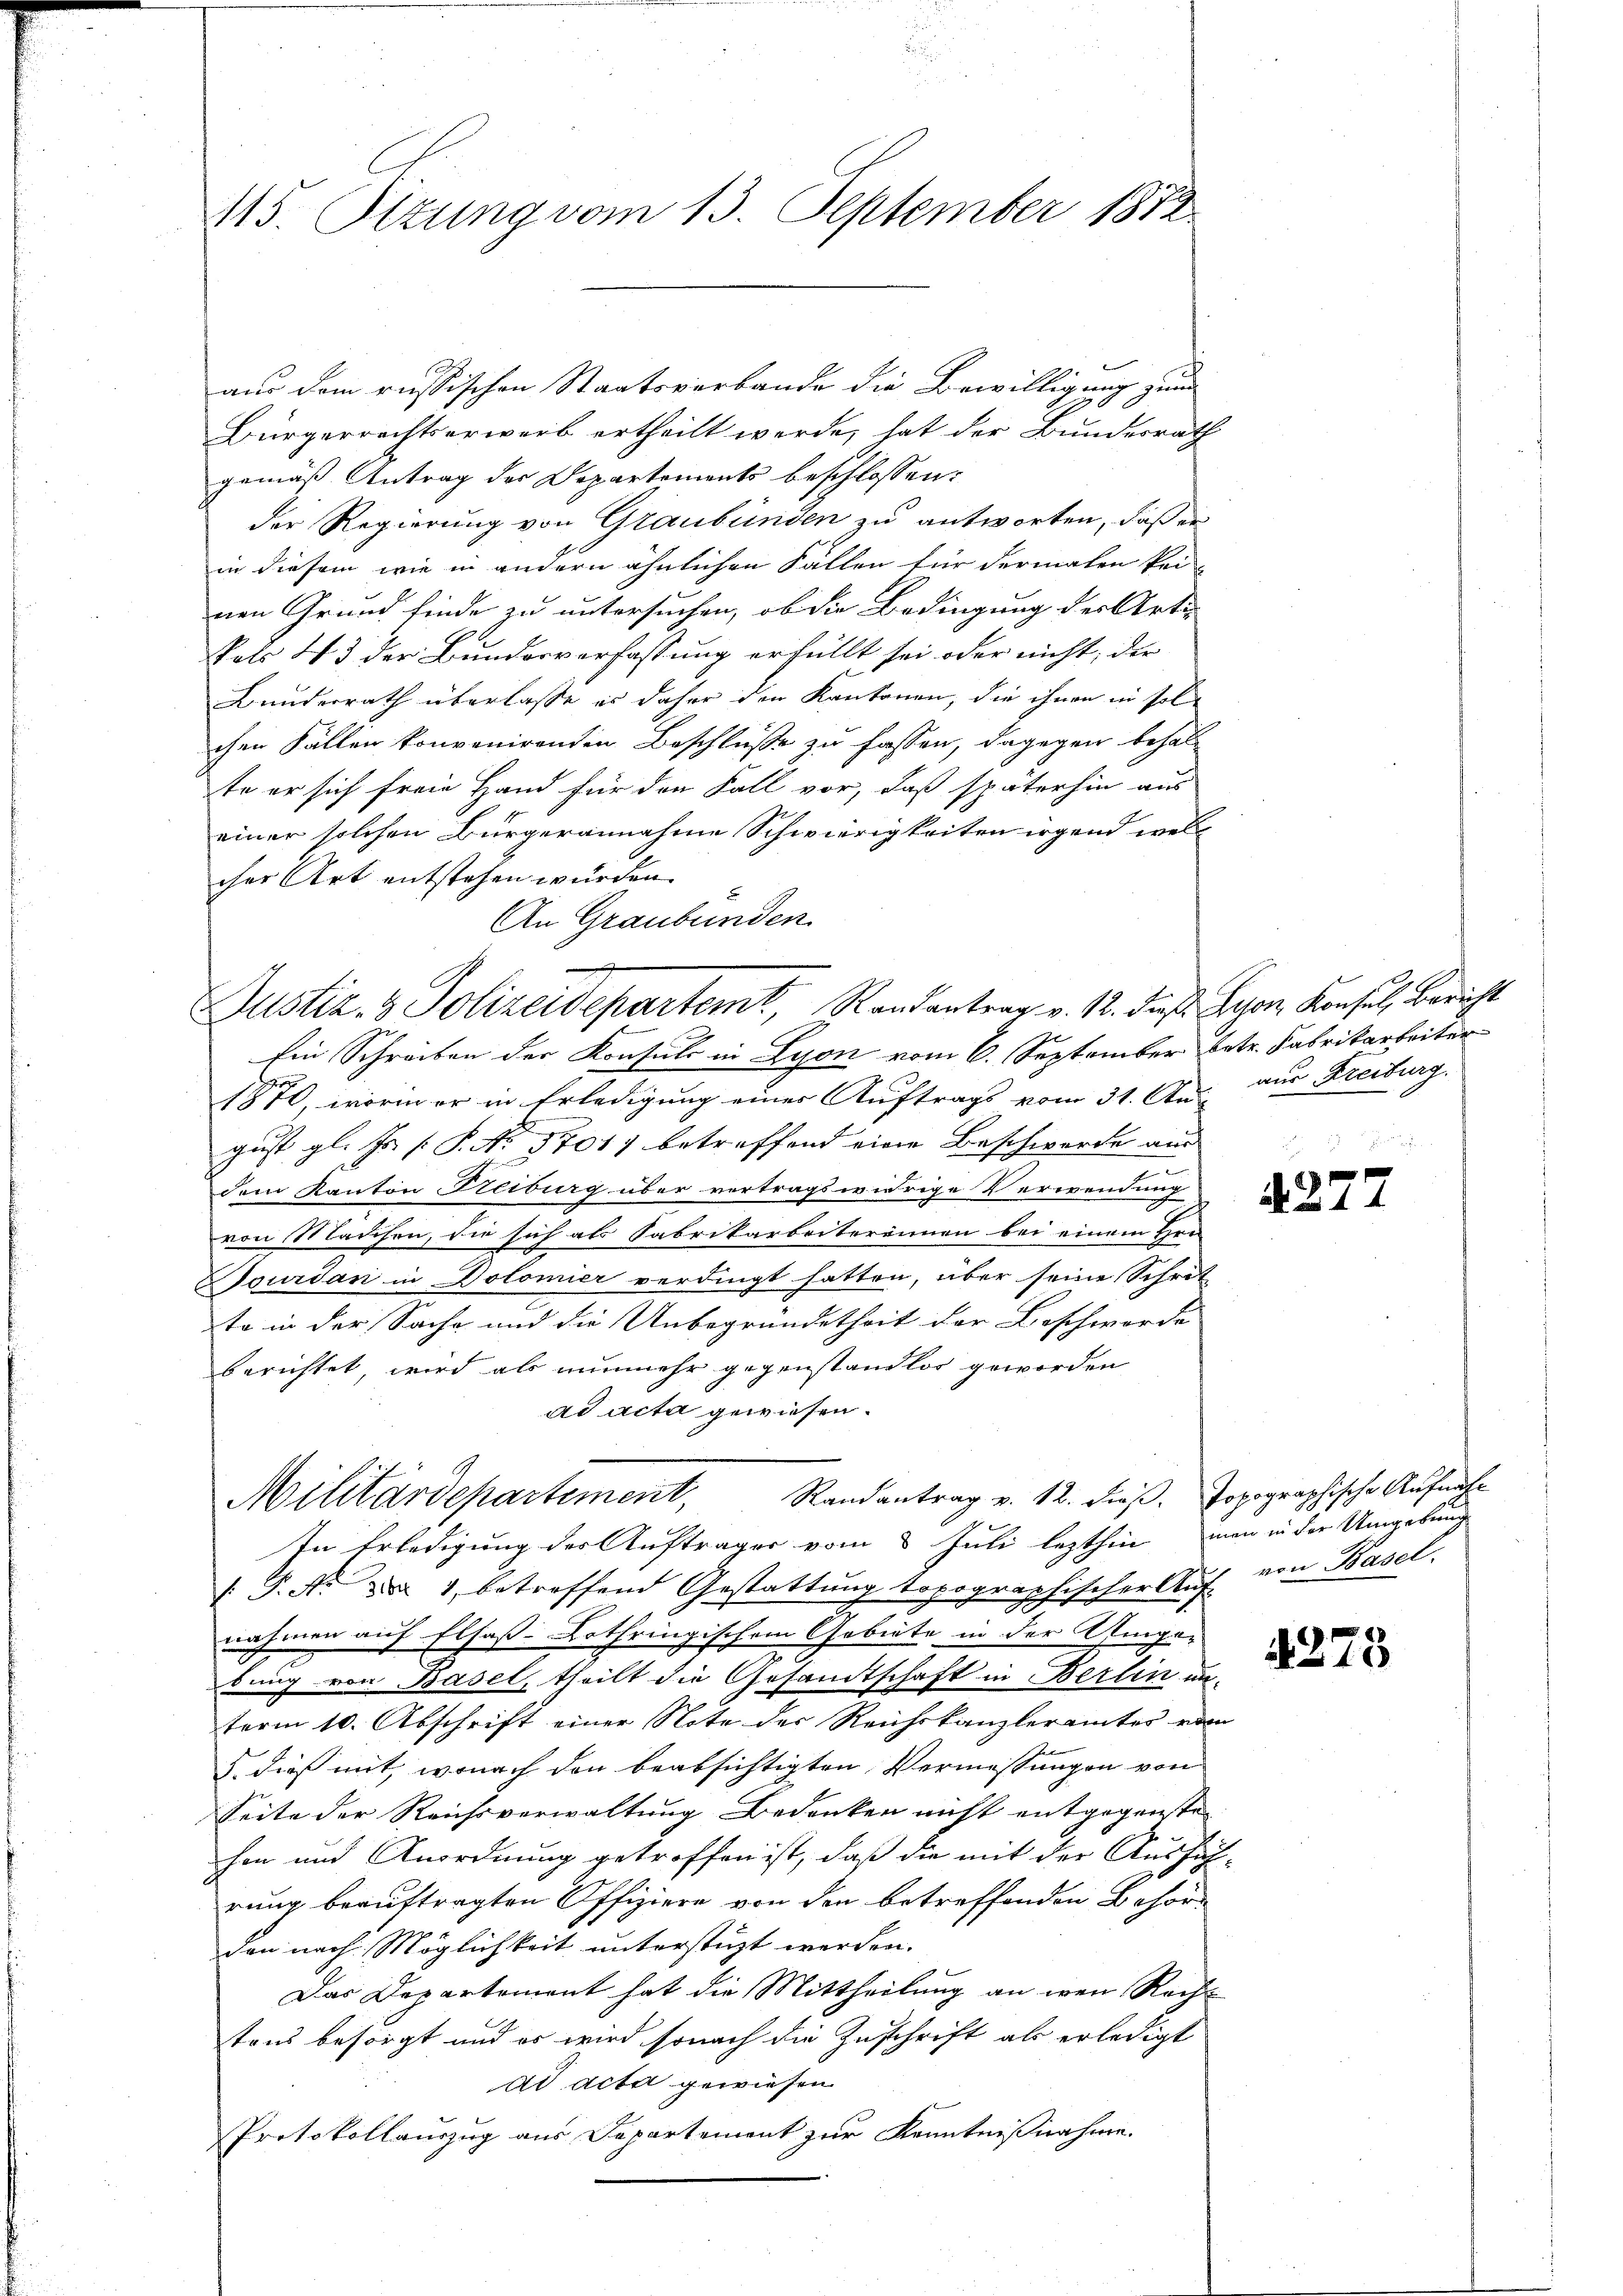
115. Sizung vom 13. September 1872.

aus dem russischen Staatsverbande die Bewilligung zum
Bürgerrechtserwerb ertheilt werde, hat der Bundesrath
gemäß Antrag der Departements beschlossen:
der Regierung von Graubünden zu antworten, daß er
in diesem wie in andern ähnlichen Fällen für dermalen kei-
nen Grund finde zu untersuchen, ob die Bedingung des Arti
Pals 43 der Bundesverfassung erfüllt sei oder nicht, die
Bundesrath überlasse es daher den Kantonen, die ihnen in solchen Fällen konvenirenden Beschlüße zu fassen, dagegen behalte er sich freie Hand für den Fall vor, daß späterhin aus
einer solchen Bürgerannahme Schwierigkeiten irgend welch
cher Art entstehen wurden.
An Graubünden
Ein Schreiben der Konsuls in Lyon vom 6. September betr. Fabrikarbeiter
1870, worin er in Erledigung eines Auftrags vom 31. Aus aus Freiburg.
gust gl. Fs. /: P. No 1701 betreffend eine Beschwerde aus
dem Kanton Freiburg über vertragswidrige Verwendung
von Mädchen, die sich als Fabrikarbeitereinen bei einem Hrn
ourdan in Dolomier verdingt hatten, über seine Schrit
to in der Sache und die Unbegründetheit der Beschworde
berichtet, wird als nunmehr gegenstandlos geworden
ad acta gewiesen.
Militärdepartement, Randantrag v. 12. dieβ. Topographische Aufnahm
In Erledigung der Aufträger vom 8 Juli lezthin man in der Umgebung
1.P. Nr. Da 1, betreffend Gestattung topographischer Auf von Basel.
nahmen auf Elsaß-Lothringischem Gebiete in der Umge-
bung von Basel, theilt die Gesandtschaft in Berlin un-
term 10. Abschrift einer Note der Reichskanzlerämter vom
5. dieß mit, wonach den beabsichtigten Vermessungen von
Seite der Reichsverwaltung Bedenken nicht entgegenste
hen und Anordnung getroffen ist, daß die mit der Ausführung beauftragten Offiziere von den betreffenden Behördon nach Möglichkeit unterstüzt werden.
Das Departement hat die Mittheilung an wenn Rechtons besorgt und es wird sonach die Zuschrift als erledigt
ad acta gewiesen.
Protokollauszug aus Departement zur Kenntnißnahme.

Justiz- & Polizeidepartemt, Randantrag v. 12. dieß Lyon, Konsul, Bericht

27

4273